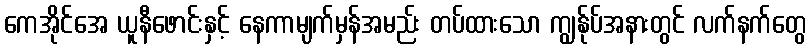
ကေအိုင်အေ ယူနီဖောင်းနှင့် နေကာမျက်မှန်အမည်း တပ်ထားသော ကျွန်ုပ်အနားတွင် လက်နက်တွေ